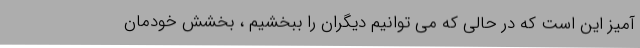
آمیز این است که در حالی که می توانیم دیگران را ببخشیم ، بخشش خودمان